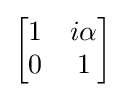
{\begin{bmatrix}1&i\alpha \\0&1\end{bmatrix}}